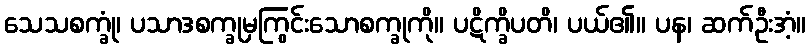
သေသစက္ခုံ၊ ပသာဒစက္ခုမှကြွင်းသောစက္ခုကို။ ပဋိက္ခိပတိ၊ ပယ်၏။ ပန၊ ဆက်ဦးအံ့။